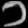
Digit: ၁